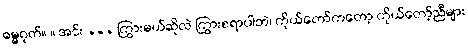
ဓမ္မဂုတ်။ ။ အင်း ... ကြွားမယ်ဆိုလဲ ကြွားစရာပါဘဲ၊ ကိုယ်တော်ကတော့ ကိုယ်တော့်ညီများ